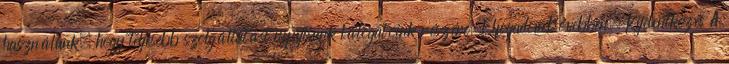
használunk, hogy teljesebb szolgáltatást nyújtsunk látogatóink részére.ElfogadomBővebben. Kijelentkezés A